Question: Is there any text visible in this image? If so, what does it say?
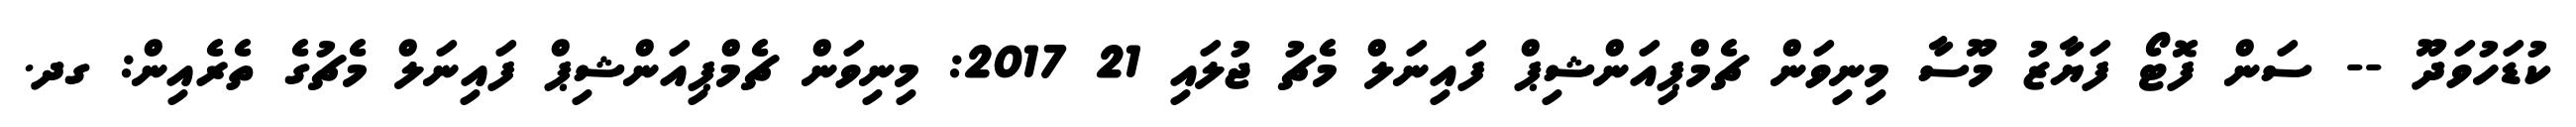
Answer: ކުޑަހުވަދޫ -- ސަން ފޮޓޯ ފަޔާޒު މޫސާ މިނިވަން ޗެމްޕިއަންޝިޕް ފައިނަލް މެޗު ޖުލައި 21 2017: މިނިވަން ޗެމްޕިއަންޝިޕް ފައިނަލް މެޗުގެ ތެރެއިން: ގދ.